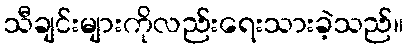
သီချင်းများကိုလည်းရေးသားခဲ့သည်။